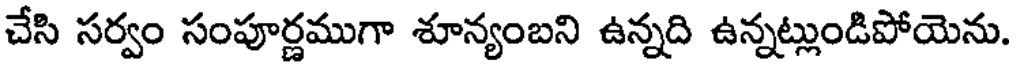
చేసి సర్వం సంపూర్ణముగా శూన్యంబని ఉన్నది ఉన్నట్లుండిపోయెను.